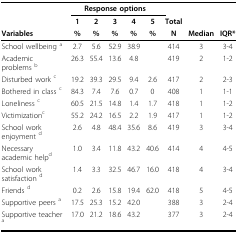
|  | <COLSPAN=5> Response options |  |  |  |
 |  | 1 | 2 | 3 | 4 | 5 | Total |  |  |
 | Variables | % | % | % | % | % | N | Median | IQR* |
 | --- | --- | --- | --- | --- | --- | --- | --- | --- |
 | School wellbeing a | 2.7 | 5.6 | 52.9 | 38.9 |  | 414 | 3 | 3-4 |
 | Academic problems b | 26.3 | 55.4 | 13.6 | 4.8 |  | 419 | 2 | 1-2 |
 | Disturbed work c | 19.2 | 39.3 | 29.5 | 9.4 | 2.6 | 417 | 2 | 2-3 |
 | Bothered in class c | 84.3 | 7.4 | 7.6 | 0.7 | 0 | 408 | 1 | 1-1 |
 | Loneliness c | 60.5 | 21.5 | 14.8 | 1.4 | 1.7 | 418 | 1 | 1-2 |
 | Victimizationc | 55.2 | 24.2 | 16.5 | 2.2 | 1.9 | 417 | 1 | 1-2 |
 | School work enjoyment d | 2.6 | 4.8 | 48.4 | 35.6 | 8.6 | 419 | 3 | 3-4 |
 | Necessary academic helpd | 1.0 | 3.4 | 11.8 | 43.2 | 40.6 | 414 | 4 | 4-5 |
 | School work satisfaction d | 1.4 | 3.3 | 32.5 | 46.7 | 16.0 | 418 | 4 | 3-4 |
 | Friends d | 0.2 | 2.6 | 15.8 | 19.4 | 62.0 | 418 | 5 | 4-5 |
 | Supportive peers a | 17.5 | 25.3 | 15.2 | 42.0 |  | 388 | 3 | 2-4 |
 | Supportive teacher a | 17.0 | 21.2 | 18.6 | 43.2 |  | 377 | 3 | 2-4 |